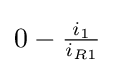
0-{\tfrac {i_{1}}{i_{R1}}}